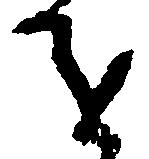
を